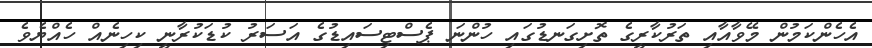
އެހެންކަމުން މޭވާއާއި ތަރުކާރީގެ ތޮށިގަނޑުގައި ހުންނަ ޕެސްޓިސައިޑުގެ އަސަރު ކުޑަކުރާނީ ކިހިނެއް ހެއްޔެވެ